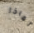
لماذا